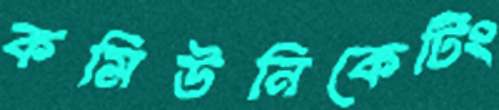
কমিউনিকেটিং